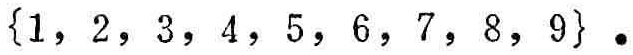
\(\{1, 2, 3, 4, 5, 6, 7, 8, 9\}.\)